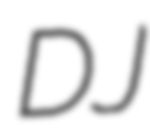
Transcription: DJ